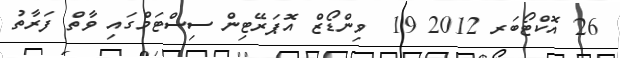
26 އޮކްޓޯބަރ 2012 19  ވިންޑޯޒް އޮޕަރޭޓިން ސިސްޓަމްގައި ވާތް ފަރާތު